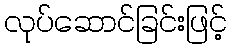
လုပ်ဆောင်ခြင်းဖြင့်